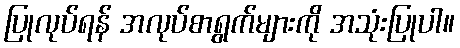
ပြုလုပ်ရန် အလုပ်စာရွက်များကို အသုံးပြုပါ။